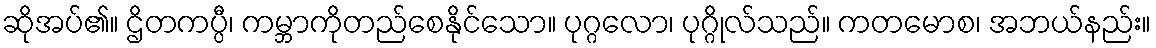
ဆိုအပ်၏။ ဌိတကပ္ပီ၊ ကမ္ဘာကိုတည်စေနိုင်သော။ ပုဂ္ဂလော၊ ပုဂ္ဂိုလ်သည်။ ကတမောစ၊ အဘယ်နည်း။